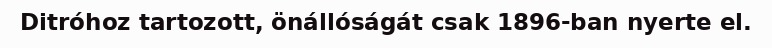
Ditróhoz tartozott, önállóságát csak 1896-ban nyerte el.